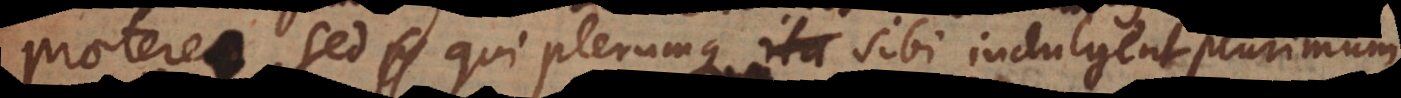
praetereo, sed qui plerumque sibi indulgent ubique